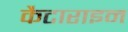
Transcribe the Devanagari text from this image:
कैटाराइन